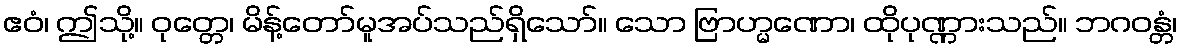
ဧဝံ၊ ဤသို့။ ဝုတ္တေ၊ မိန့်တော်မူအပ်သည်ရှိသော်။ သော ဗြာဟ္မဏော၊ ထိုပုဏ္ဏားသည်။ ဘဂဝန္တံ၊